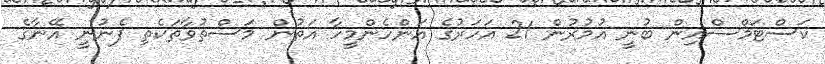
ކަސްޓަމްސްއިން ބުނީ އުމުރުން 21 އަހަރުގެ އަންހެންމީހާ އަތުން މަސްތުވާތަކެތި ފެނުނީ އޭނާގެ